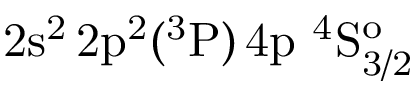
\mathrm { 2 s ^ { 2 } \, 2 p ^ { 2 } ( ^ { 3 } P ) \, 4 p ~ ^ { 4 } S _ { 3 / 2 } ^ { o } }